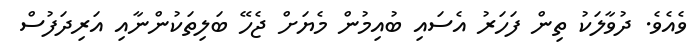
ވެއެވެ. ދުވާލަކު ތިން ފަހަރު އެސައި ބުއިމުން މެޔަށް ޖެހޭ ބަލިތަކުންނާއި އަރިދަފުސް